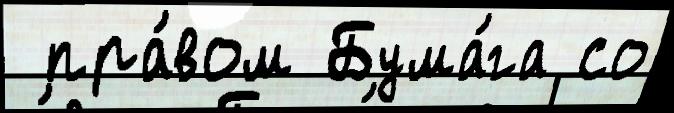
 пра́вом Бума́га со